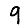
Digit: 9